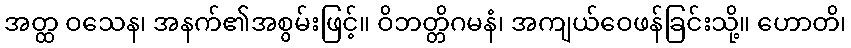
အတ္ထ ဝသေန၊ အနက်၏အစွမ်းဖြင့်။ ဝိဘတ္တိဂမနံ၊ အကျယ်ဝေဖန်ခြင်းသို့။ ဟောတိ၊